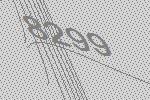
8299